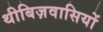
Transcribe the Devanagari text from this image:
थीबिज़वासियों